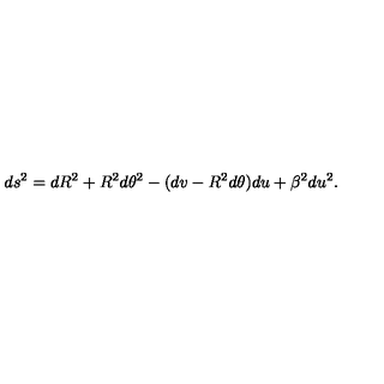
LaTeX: d s ^ { 2 } = d R ^ { 2 } + R ^ { 2 } d \theta ^ { 2 } - ( d v - R ^ { 2 } d \theta ) d u + \beta ^ { 2 } d u ^ { 2 } .